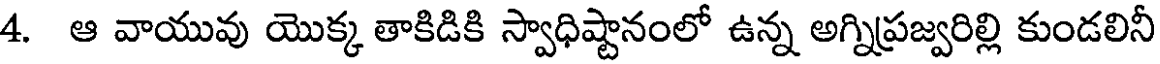
4. ఆ వాయువు యొక్క తాకిడికి స్వాధిష్టానంలో ఉన్న అగ్నిప్రజ్వరిల్లి కుండలినీ